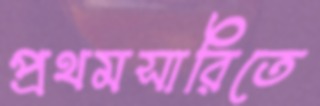
প্রথমসারিতে